Lunatic asylums Central Provinces reports 1910-1926 - 1910-1926
Year: 1910
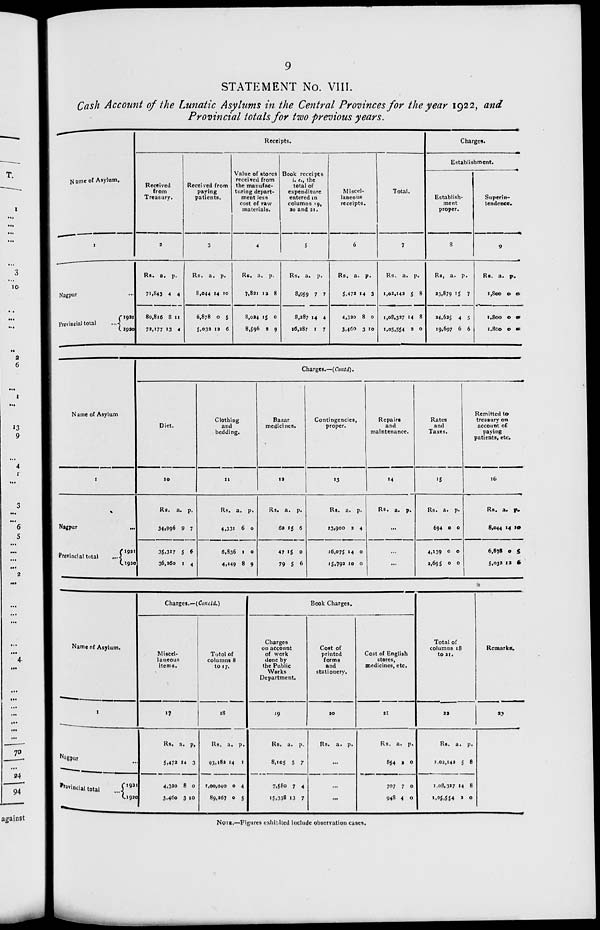
9
STATEMENT No. VIII.
Cash Account of the Lunatic Asylums in the Central Provinces for the year 1922, and
Provincial totals for two previous years.
Name of Asylum.
1
Nagpur ...
Provincial total
...
1921
1920
Receipts.
Received
from
Treasury.
2
Rs.
71,843
80,816
72,177
a.
4
8
13
p.
4
11
4
Received from
paying
patients.
3
Rs.
8,044
6,878
5,032
a.
14
0
12
p.
10
5
6
Value of stores
received from
the manufac-
turing depart-
ment less
cost of raw
materials.
4
Rs.
7,821
8,024
8,596
a.
12
15
3
p.
8
0
9
Book receipts
i. e., the
total of
expenditure
entered in
columns 19,
20 and 21.
5
Rs.
8,959
8,287
16,287
a.
7
14
1
p.
7
4
7
Miscel-
laneous
receipts.
6
Rs.
5,472
4,320
3,460
a.
14
8
3
p.
3
0
10
Total.
7
Rs.
1,02,142
1,08,327
1,05,554
a.
5
14
2
p.
8
8
0
Charges.
Establishment.
Establish-
ment
proper.
8
Rs.
23,879
24,625
19,697
a.
15
4
6
p.
7
5
6
Superin-
tendence.
9
Rs.
1,800
1,800
1,800
a.
0
0
0
p.
0
0
0
Name of Asylum
1
Nagpur ...
Provincial total
...
1921
1920
Charges.—(Contd).
Diet.
10
Rs.
34,996
35,317
36,360
a.
9
5
1
p.
7
6
4
Clothing
and
bedding.
11
Rs.
4,331
6,836
4,449
a.
6
1
8
p.
0
0
9
Bazar
medicines.
12
Rs.
62
47
79
a.
15
15
5
p.
6
0
6
Contingencies,
proper.
13
Rs.
13,900
16,075
15,792
a.
2
14
10
p.
4
0
0
Repairs
and
maintenance.
14
Rs. a. p.
...
...
...
Rates
and
Taxes.
15
Rs.
694
4,139
3,695
a.
0
0
0
p.
0
0
0
Remitted to
treasury on
account of
paying
patients, etc.
16
Rs.
8,044
6,878
5,032
a.
14
0
12
p.
10
5
6
Name of Asylum.
1
Nagpur ...
Provincial total
...
1921
1920
Charges.—(Concld.)
Miscel-
laneous
items.
17
Rs.
5,472
4,320
3,460
a.
14
8
3
p.
3
0
10
Total of
columns 8
to 17.
18
Rs.
93,182
1,00,040
89,267
a.
14
0
0
p.
1
4
5
Book Charges.
Charges
on account
of work
done by
the Public
Works
Department.
19
Rs.
8,105
7,580
15,338
a.
5
7
13
p.
7
4
7
Cost of
printed
forms
and
stationery.
20
Rs. a. p.
...
...
...
Cost of English
stores,
medicines, etc.
21
Rs.
854
707
948
a.
2
7
4
p.
0
0
0
Total of
columns 18
to 21.
22
Rs.
1,02,142
1,08,327
1,05,554
a.
5
14
2
p.
8
8
0
Remarks.
23
NOTE.—Figures exhibited include observation cases.